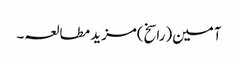
آمین(راسخ)مزید مطالعہ۔